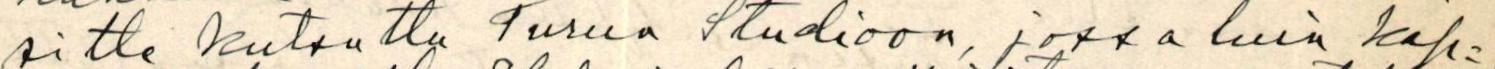
sitte kutsuttu Turun studioon, jossa luin kap=